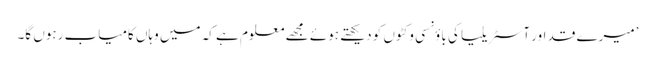
’میرے قد اور آسٹریلیا کی باؤنسی وکٹوں کو دیکھتے ہوئے مجھے معلوم ہے کہ میں وہاں کامیاب رہوں گا۔